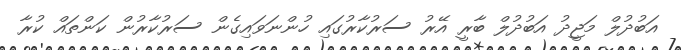
އަބުދުލް މަޖީދު އަބުދުލް ބާރީ އޭރު ސަރުކާރުގައި ހުންނަވައިގެން ސަރުކާރުން ކަންތައް ކުރާ